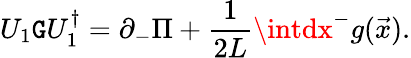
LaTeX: U_{1}\mathtt{G}U_{1}^{\dagger}=\partial_{-}\Pi+{\frac{{1}}{{2L}}}\intdx^{-}g({\vec{{x}}}).